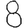
Digit: 8